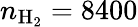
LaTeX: n_{\mathrm{H_{2}}}=8400